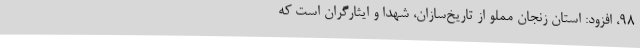
98، افزود: استان زنجان مملو از تاریخ‌سازان، شهدا و ایثارگران است که